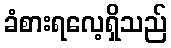
ခံစားရလေ့ရှိသည်